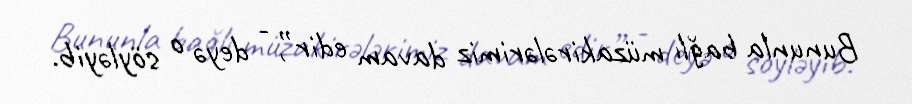
Bununla bağlı müzakirələrimiz davam edir”, - deyə o söyləyib.